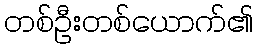
တစ်ဦးတစ်ယောက်၏